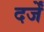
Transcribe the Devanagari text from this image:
दर्जें